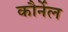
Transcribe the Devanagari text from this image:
कौर्नेल